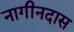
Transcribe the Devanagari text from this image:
नागीनदास